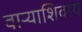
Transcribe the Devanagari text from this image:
वाऱ्याशिवाय